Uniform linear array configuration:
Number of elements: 48
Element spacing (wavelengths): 1
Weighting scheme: binomial
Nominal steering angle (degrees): -45
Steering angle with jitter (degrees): -44.657
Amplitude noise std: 0.05
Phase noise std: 0.05

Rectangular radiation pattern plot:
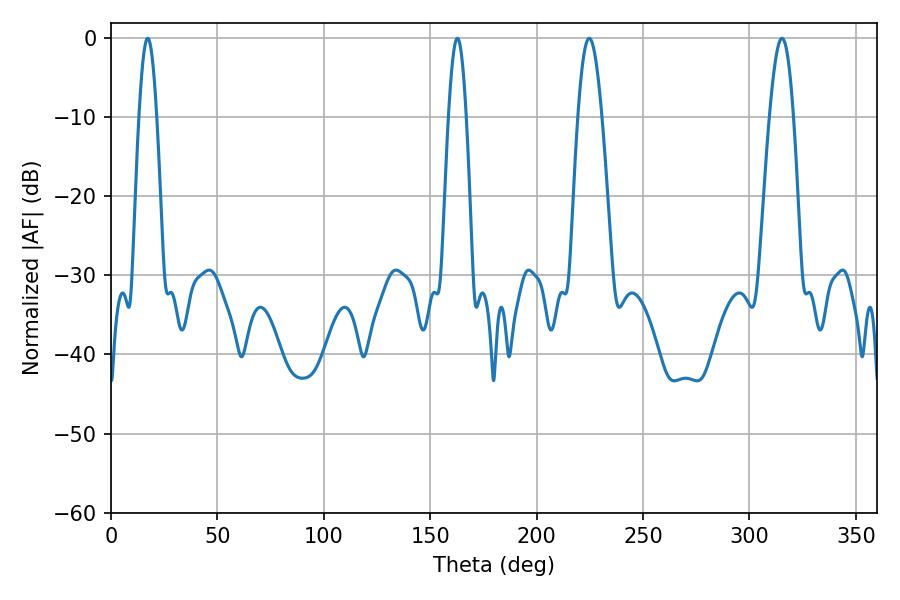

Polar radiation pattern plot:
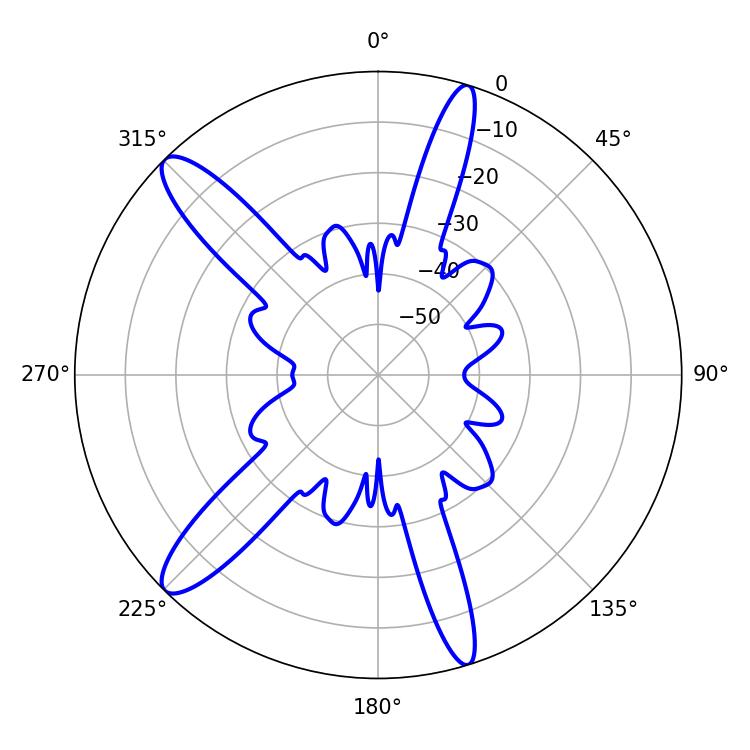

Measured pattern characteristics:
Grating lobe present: TRUE
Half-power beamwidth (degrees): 4.32
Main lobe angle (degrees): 17.28